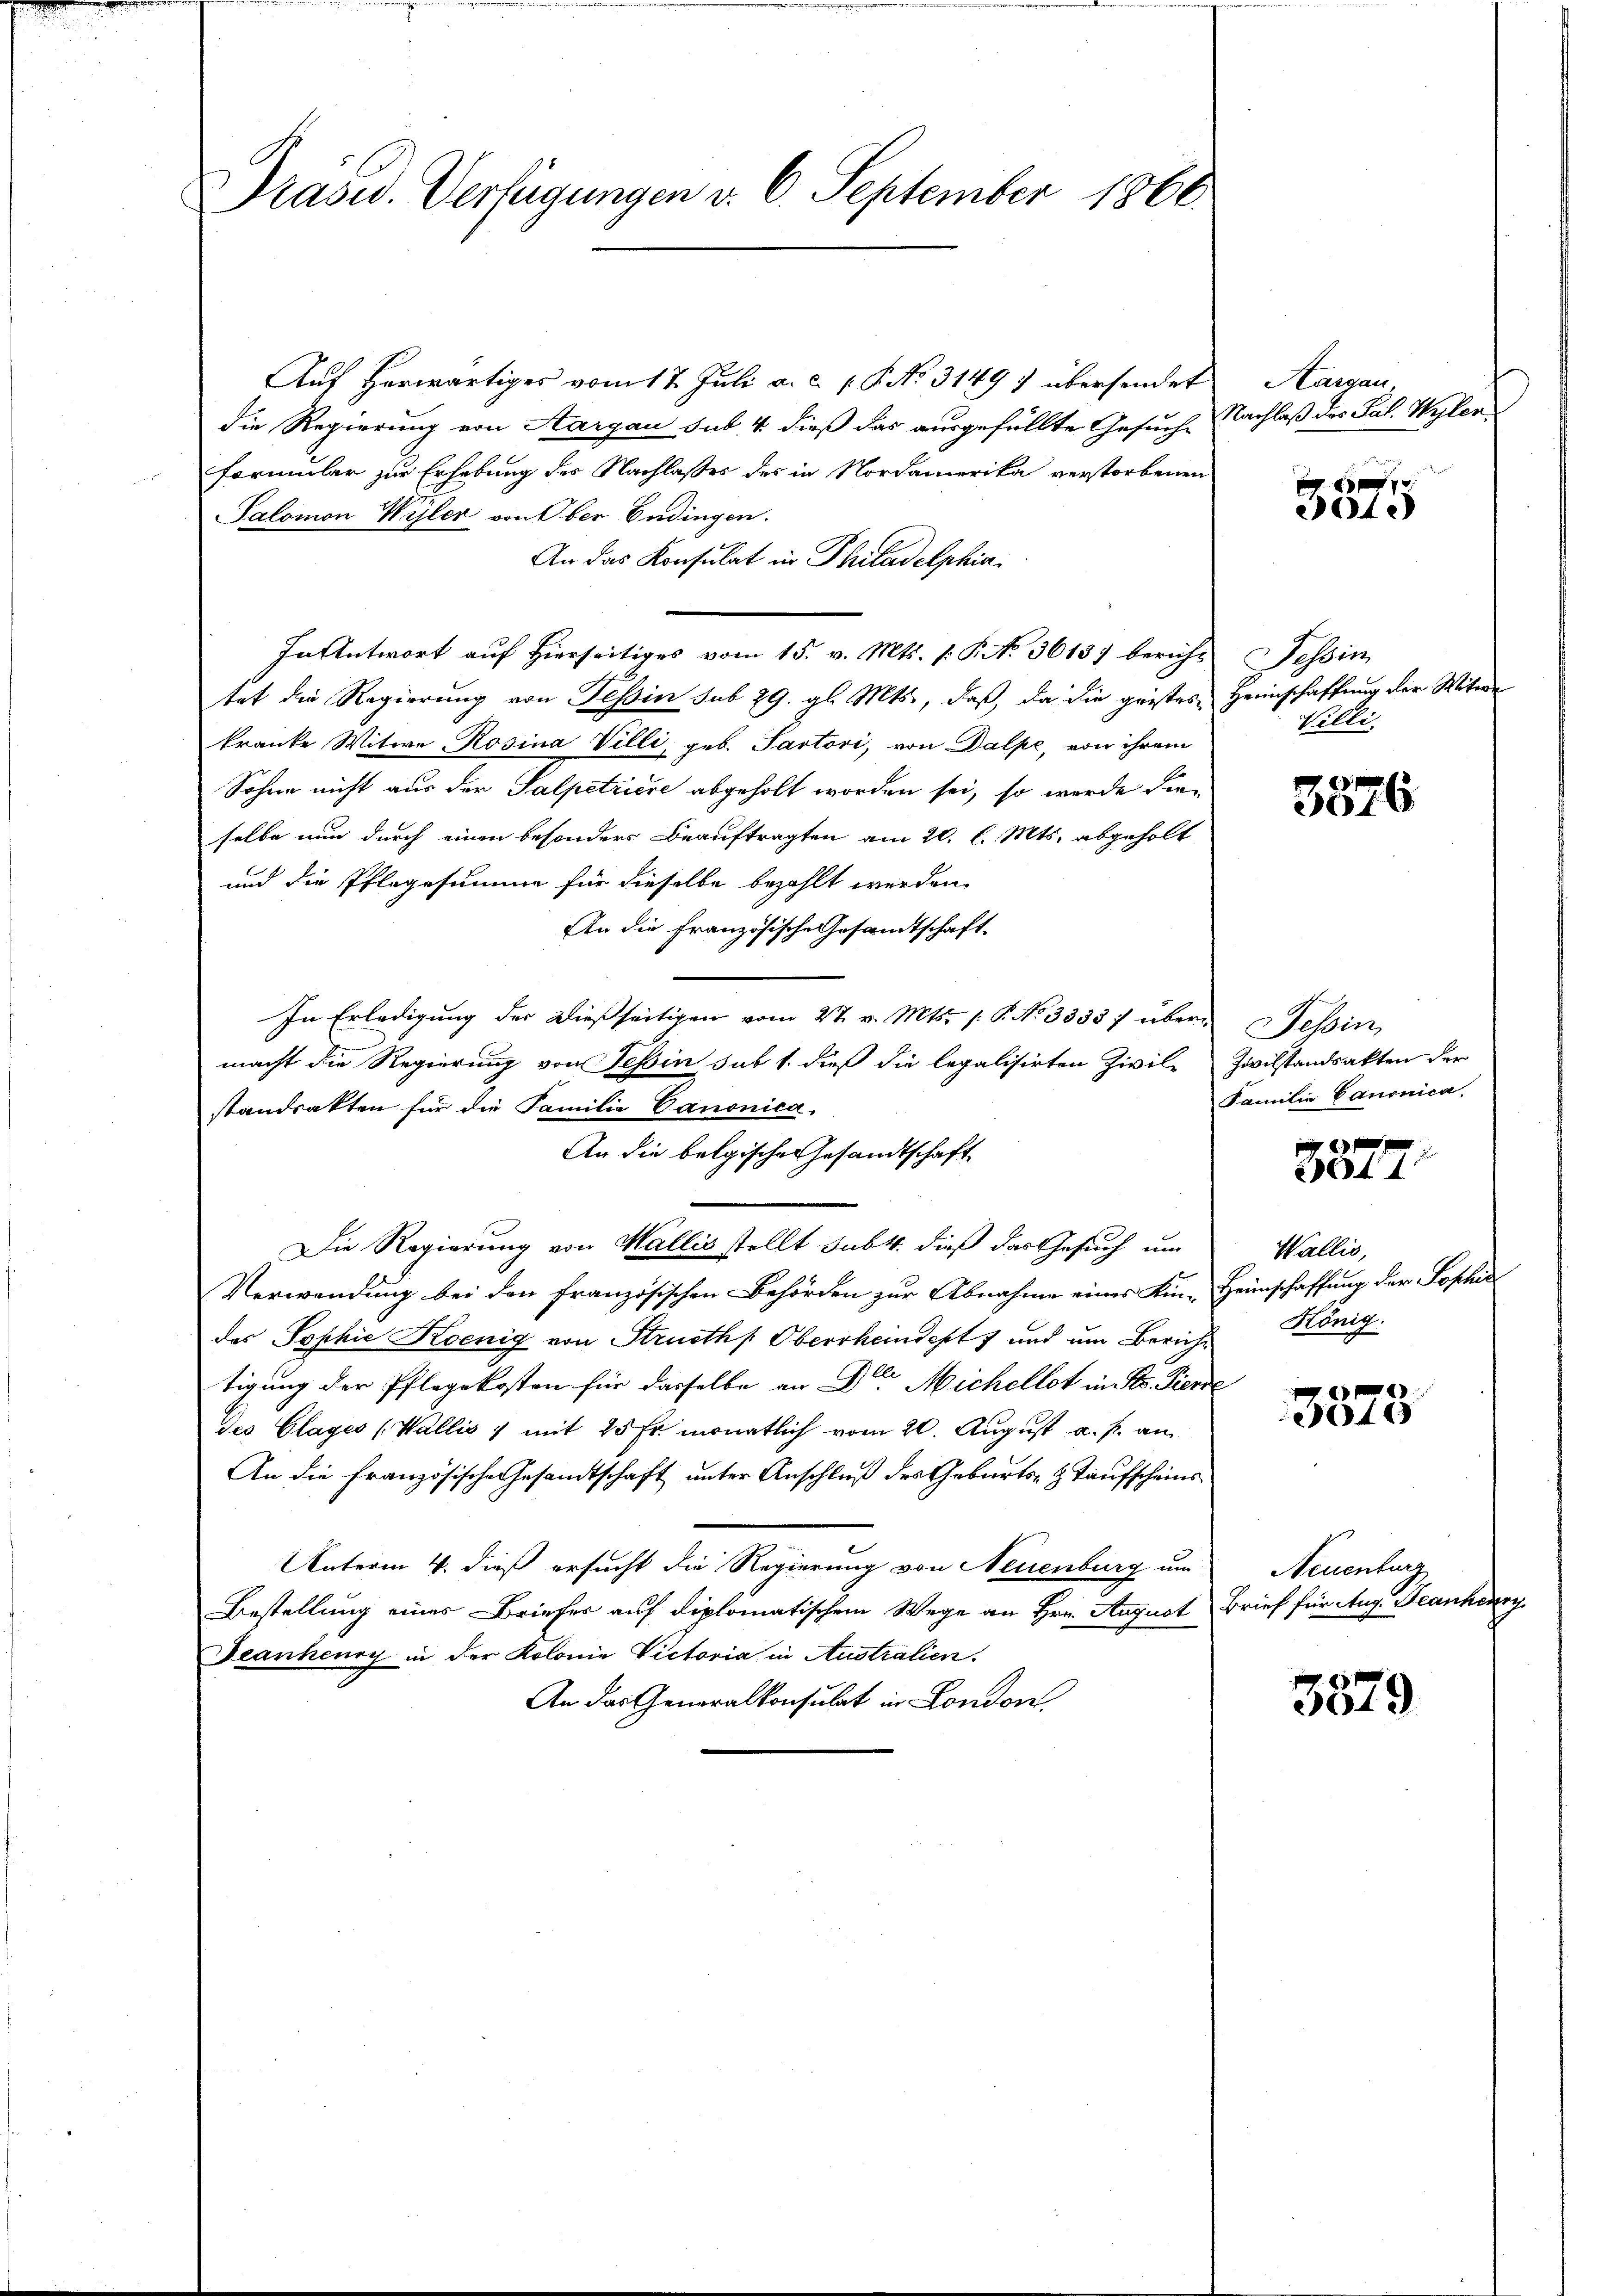
Präsid.. Verfügungen v. 6. September 1866.

Auf herwärtiges vom 17. Juli a. c. p. P. No 3149) übersendet
die Regierung von Aargau sub. 4 dieß das ausgefüllte Gesuche
formular zur Erhebung des Nachlasses des in Nordamerika verstorbenen
Salomon Wyler von Ober Endingen.
An das Konsulat in Philadelphia
In Antwort auf hierseitiges vom 15. v. Mts. f. P. Nr. 3613) bericht Tessin
tat die Regierung von Tessin sub 29. gl. Mts., daß, da die geistes Heimschaffung der Witwe
kranke Witwe Rosina Villi, geb. Pastori, von Dalpe, von ihrem
Sohne nicht aus der Salpetriere abgeholt worden sei, so wurde dieselbe nun durch einen besonder Beauftragten am 20. l. Mts. abgeholt
und die Pflegesumme für dieselbe bezahlt werden
An die französische Gesandtschaft.
In Erledigung der dießseitigen vom 27. v. Mts. /: P. No 33337 über Tessin,
macht die Regierung von Tessin sub 1. dieß die legalisirten Zivil-
standsakten für die Familie Canonica,
An die belgische Gesandtschaft
Die Regierung von Wallis stellt sub 4. dieß das Gesuch um
Verwendung bei den französischen Behörden zur Abnahme eines Kin-Heimschaffung der Sophie
das Sophie Koenig von Strusths Oberrheindest und um Zürich König.
tigung der Pflegekosten für dasselbe an Der Michellot in K. Pierre
Jes Glages (Wallis 1 mit 25 fr. monatlich vom 20. August a. p. an
An die französische Gesandtschaft unter Anschluß des Geburts- & Taufscheins
Unterm 4. dieß ersucht die Regierung von Neuenburg um
Bestellung eines Briefer auf diplomatischem Wege an Hrn. August Brief für Aug. Decanherry
Deankenry in der Kolonie Victoria in Australien.
An das Generalkonsulat in London

Aargau,
Nachlaß des Pal. Wohler

7
4.)

Villi

f

Zivilstandsakten der
Familie Canonica.

3877.

Wallis,

4)
44

Neuenburg

3879